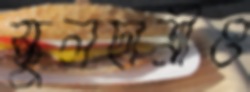
স্কুলছাত্রীও